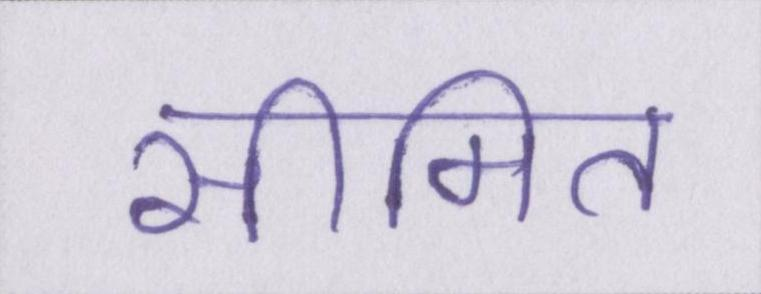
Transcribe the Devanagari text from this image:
सीमित